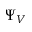
\Psi _ { V }